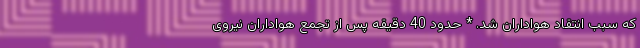
که سبب انتقاد هواداران شد. * حدود 40 دقیقه پس از تجمع هواداران نیروی